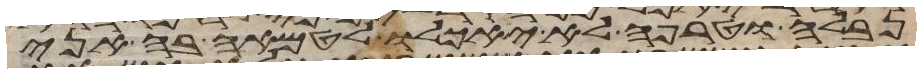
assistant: נבלה וטרפה לא יאכלו לטמאה בה אני